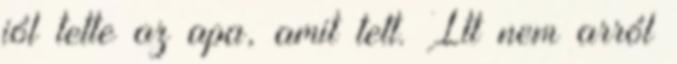
jól tette az apa, amit tett. Itt nem arról